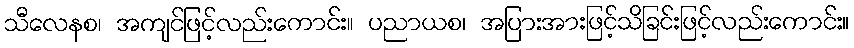
သီလေနစ၊ အကျင်ဖြင့်လည်းကောင်း။ ပညာယစ၊ အပြားအားဖြင့်သိခြင်းဖြင့်လည်းကောင်း။